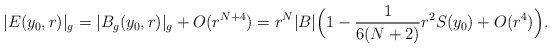
\begin{align*} |E(y_0,r)|_g=|B_g(y_0,r)|_g+O(r^{N+4})= r^N |B| \Bigl(1 -\frac{1}{6(N+2)}r^2 S(y_0) + O(r^4)\Bigr).\end{align*}